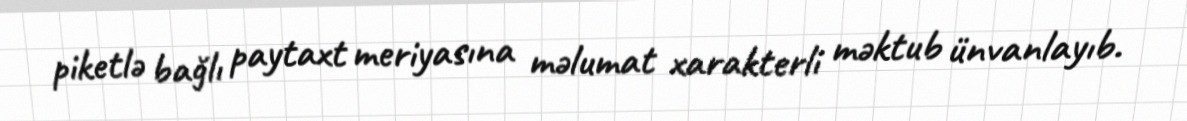
piketlə bağlı paytaxt meriyasına məlumat xarakterli məktub ünvanlayıb.